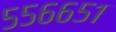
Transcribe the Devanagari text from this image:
५५६६५१